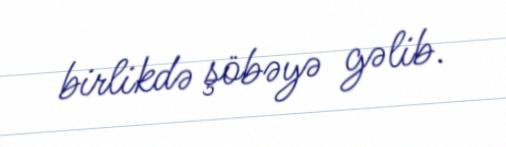
birlikdə şöbəyə gəlib.